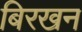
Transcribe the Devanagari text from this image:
बिरखन